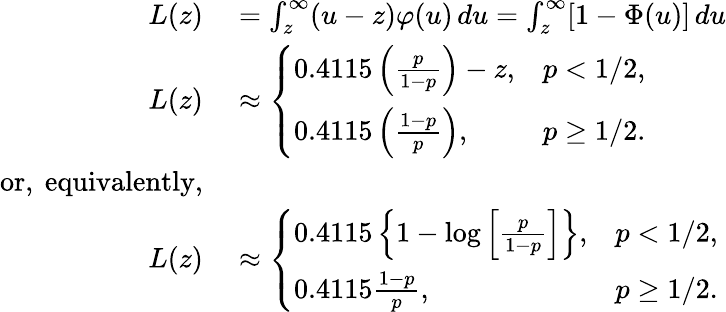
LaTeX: \begin{array}{rl}{L(z)}&{{}=\int_{z}^{\infty}(u-z)\varphi(u)\, du=\int_{z}^{\infty}[1-\Phi(u)]\, du}\\ {L(z)}&{{}\approx{\left\{ \begin{array}{ll}{0.4115\left({\frac{p}{1-p}}\right)-z,}&{p<1/2,}\\ {0.4115\left({\frac{1-p}{p}}\right),}&{p\geq 1/2.}\end{array}\right.}}\\ {{\mathrm{or,~equivalently,}}}\\ {L(z)}&{{}\approx{\left\{ \begin{array}{ll}{0.4115\left\{ 1-\log\left[{\frac{p}{1-p}}\right]\right\} ,}&{p<1/2,}\\ {0.4115{\frac{1-p}{p}},}&{p\geq 1/2.}\end{array}\right.}}\end{array}